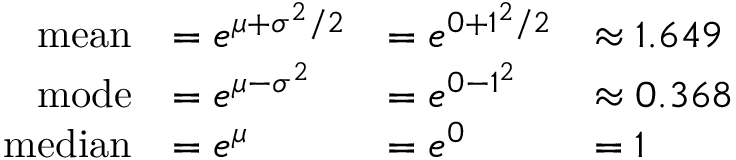
{ \begin{array} { r l l l } { { \mathrm { m e a n } } } & { = e ^ { \mu + \sigma ^ { 2 } / 2 } } & { = e ^ { 0 + 1 ^ { 2 } / 2 } } & { \approx 1 . 6 4 9 } \\ { { \mathrm { m o d e } } } & { = e ^ { \mu - \sigma ^ { 2 } } } & { = e ^ { 0 - 1 ^ { 2 } } } & { \approx 0 . 3 6 8 } \\ { { \mathrm { m e d i a n } } } & { = e ^ { \mu } } & { = e ^ { 0 } } & { = 1 } \end{array} }